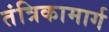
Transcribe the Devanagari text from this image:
तंत्रिकामार्ग